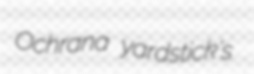
Ochrana yardstick's